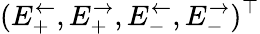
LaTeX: (E_{+}^{\leftarrow},E_{+}^{\rightarrow},E_{-}^{\leftarrow},E_{-}^{\rightarrow})^{\top}